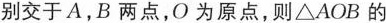
别交于A，B两点，O为原点，则△ AOB的